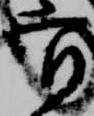
官